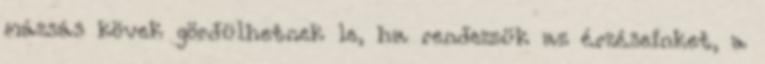
mázsás kövek gördülhetnek le, ha rendezzük az érzéseinket, a